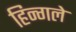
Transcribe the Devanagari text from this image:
हिन्गले